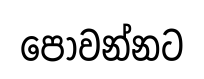
පොවන්නට